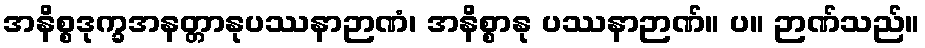
အနိစ္စဒုက္ခအနတ္တာနုပဿနာဉာဏံ၊ အနိစ္စာနု ပဿနာဉာဏ်။ ပ။ ဉာဏ်သည်။